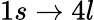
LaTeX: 1s\to 4l